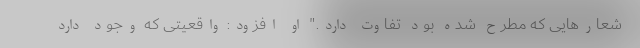
شعارهایی که مطرح شده بود تفاوت دارد." او افزود: واقعیتی که وجود دارد